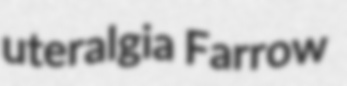
uteralgia Farrow